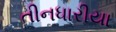
તીનધારીયા